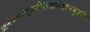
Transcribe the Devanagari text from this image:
आनंदवनभुवनी।।आनंदवनभुवनी।।